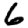
Digit: 6